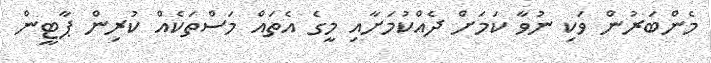
މެންބަރުން ވަކި ނުވާ ކަމަށް ދެއްކުމަށާއި މީގެ އެތައް މަސްތަކެއް ކުރިން ޕާޓީން